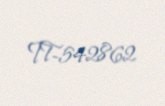
TT-542862